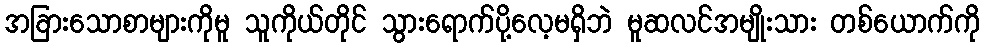
အခြားသောစာများကိုမူ သူကိုယ်တိုင် သွားရောက်ပို့လေ့မရှိဘဲ မူဆလင်အမျိုးသား တစ်ယောက်ကို